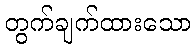
တွက်ချက်ထားသော